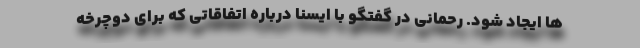
ها ایجاد شود. رحمانی در گفتگو با ایسنا درباره اتفاقاتی که برای دوچرخه